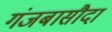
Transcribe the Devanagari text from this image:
गंजबासौदा